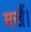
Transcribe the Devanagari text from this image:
मखैं।